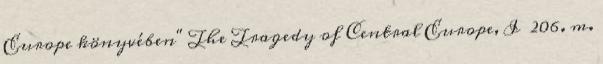
Europe könyvében" The Tragedy of Central Europe, I 206. m.